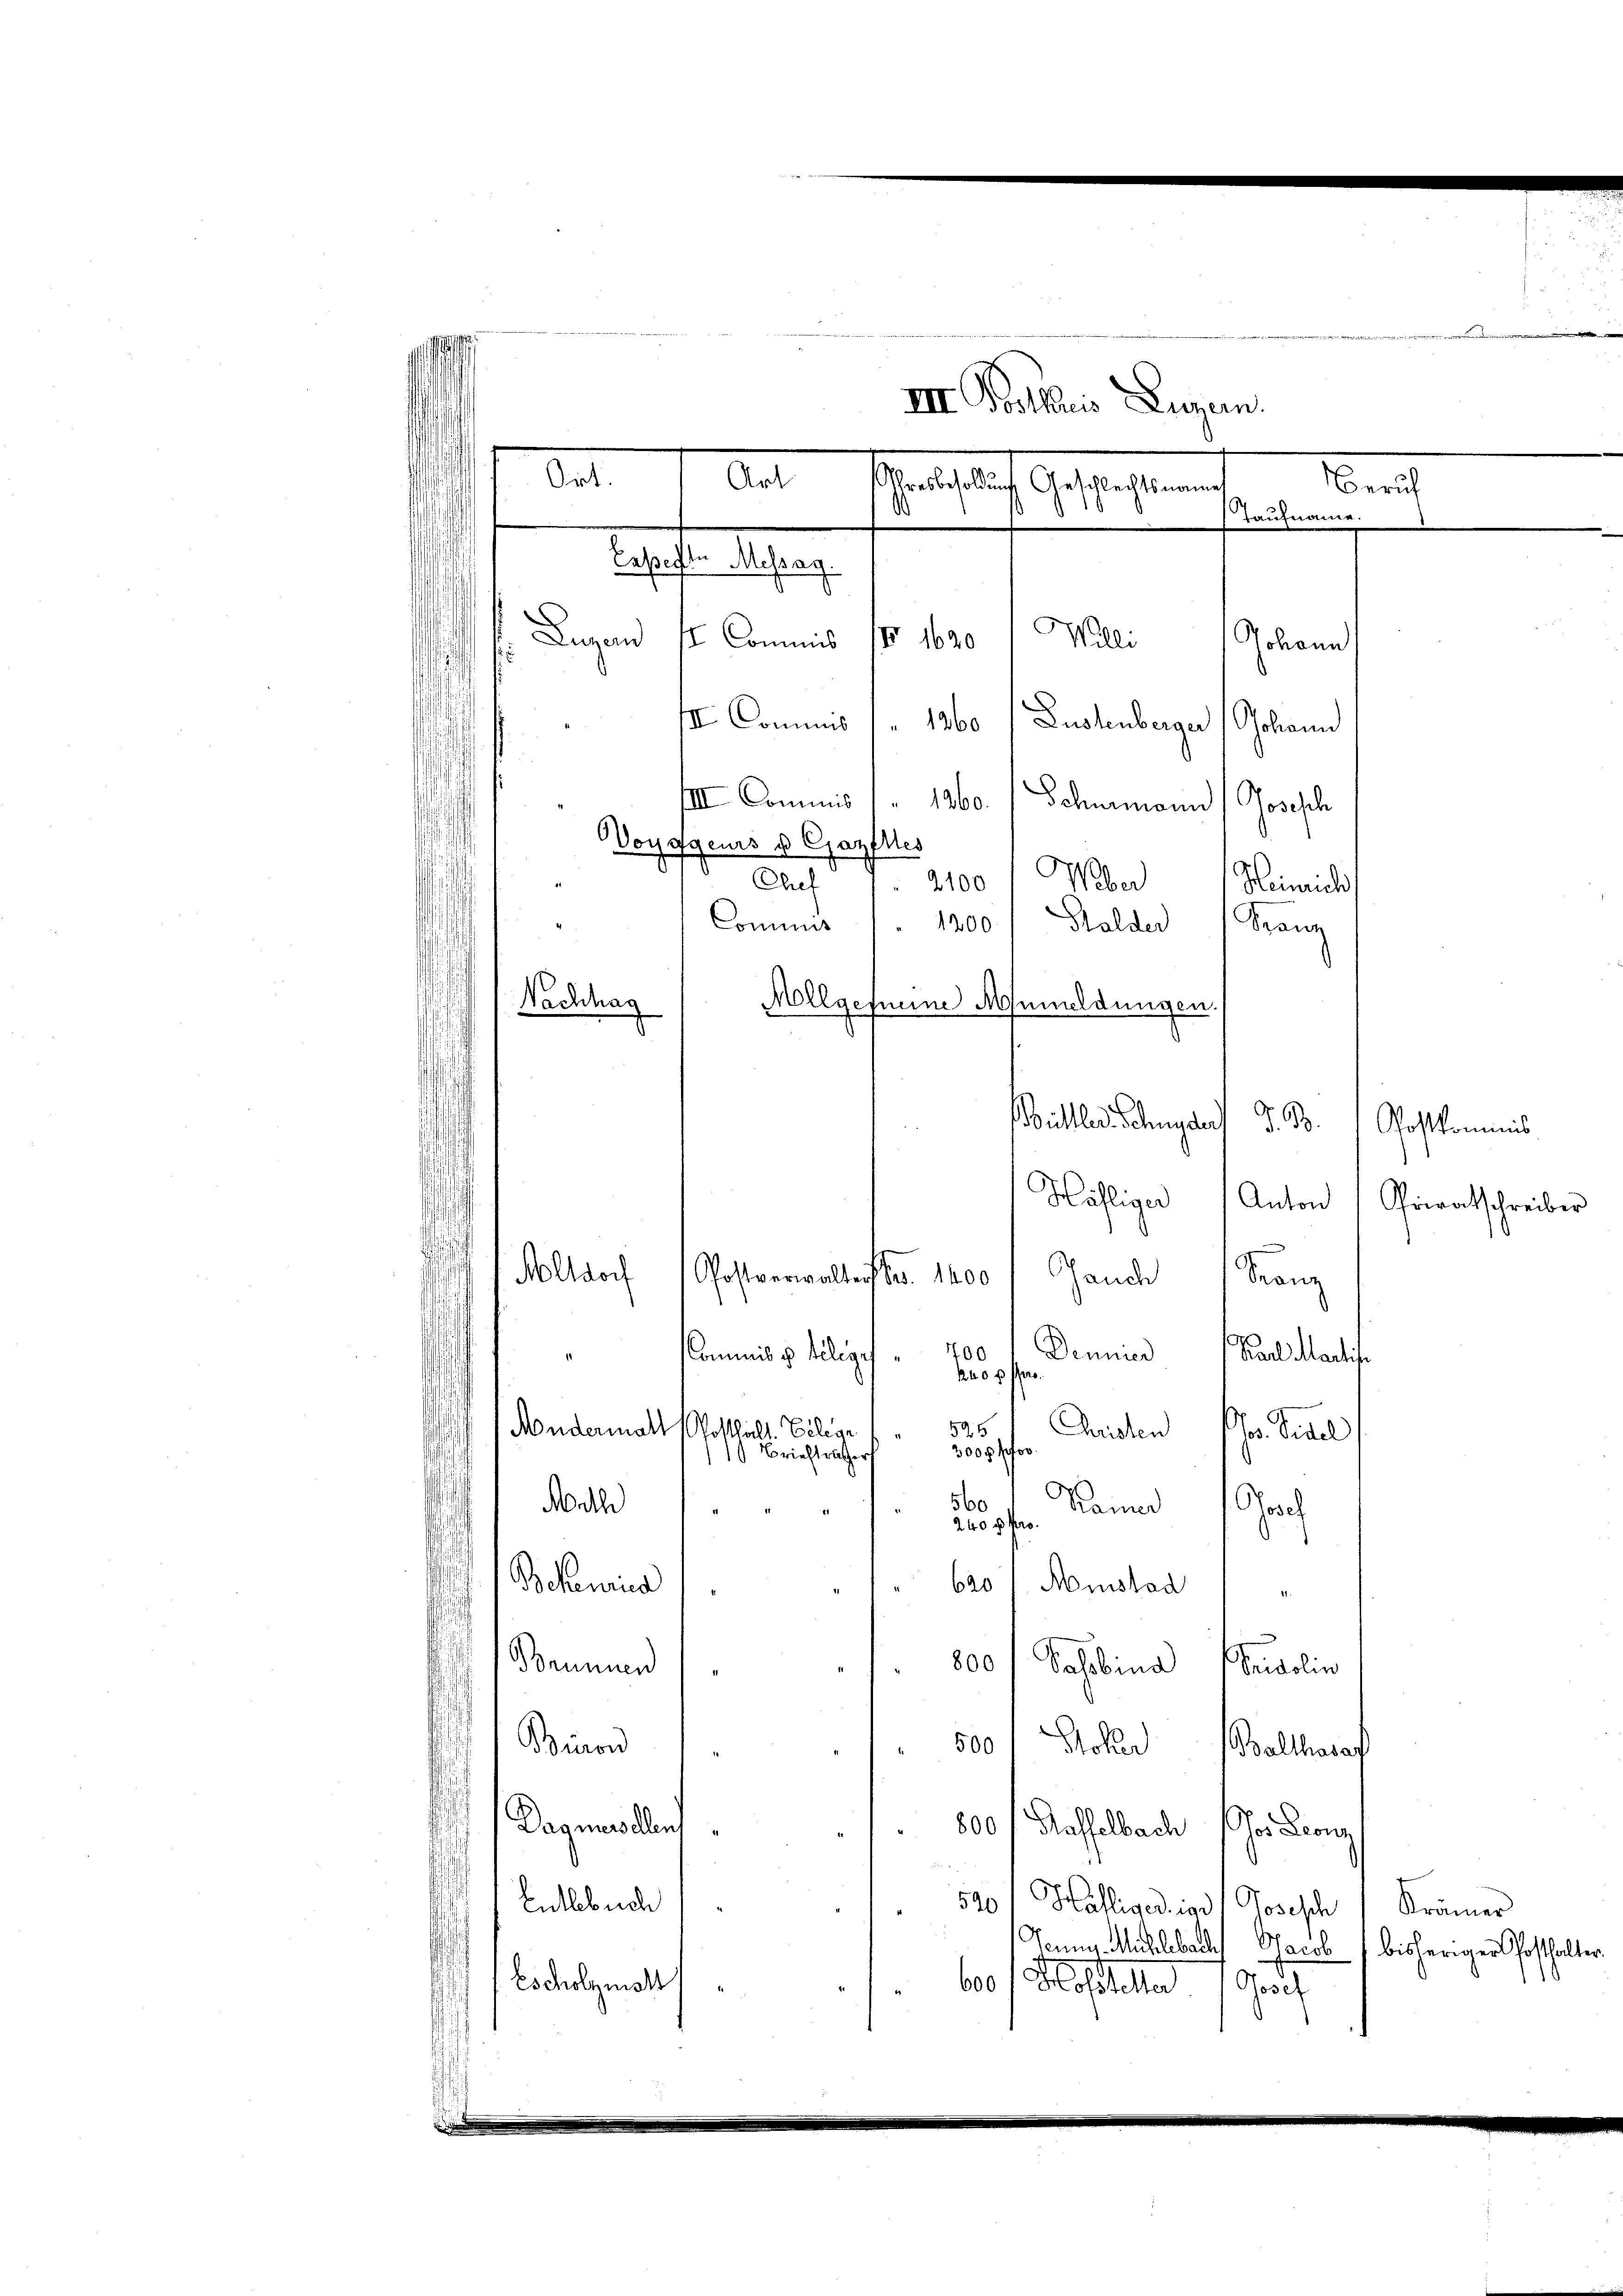
III Pottaris Luzern.
e
Manes auf Gestaltenen
Beruf
Raufname.
besagte Messag
Lugand
Willi Johann
IV 1620
II Commis
III. Commis (1260 (Lustenberger Johann
IIII Commis 160.
Schumann Josesch
Voyggens u Cjazfles
2100 Weber
Chef
Heinrich,
Commis
1200 Halder Franz
¬
Mollgefneine Anmeldungen.
Nachhag
.
V. B.
Büller, Schnyder
Hähliger Anton
Holloch
Postverwalters S. 1400
Jauch Kranz
400
Deuer Karl Martite
" (Commis v. Telege
haos Pfar
d
1
s
525
Mudermalt Posthalt. Belegr
Cristen Chr. Sigel
300 f. for
1 Briefträther
560
Math
Kamer Josef
240 f. Pro.
Bekennun
620
Minstad
Brunnen
800/Sahobina Fridolin
Biron
500 Scher Balthasaf
Dagmassellen
800 f Hasselbach (Ges Leonz
590
Entlebuch
Hälliger ins Josesch Krämer
Venn. Michlebach Jacob bisheriger Posthalter
Escholzmalt
60 f Hofsteller Sach
.

Ort.
Art
d

Privatschreiber

.

Gostkommnis

d